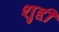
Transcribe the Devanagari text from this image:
शुद्दी